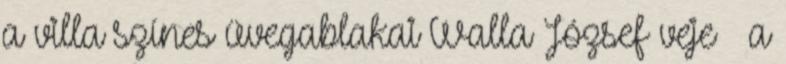
a villa színes üvegablakai Walla József veje – a